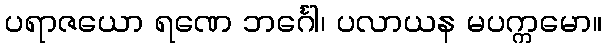
ပရာဇယော ရဏေ ဘင်္ဂေါ၊ ပလာယန မပက္ကမော။